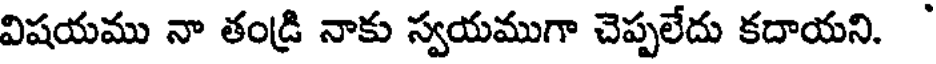
విషయము నా తండ్రి నాకు స్వయముగా చెప్పలేదు కదాయని.